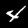
Label: 4